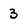
Character: 3